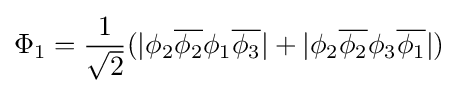
\Phi _{1}={\frac {1}{\sqrt {2}}}(|\phi _{2}{\overline {\phi _{2}}}\phi _{1}{\overline {\phi _{3}}}|+|\phi _{2}{\overline {\phi _{2}}}\phi _{3}{\overline {\phi _{1}}}|)